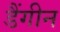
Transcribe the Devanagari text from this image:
डैंगीन